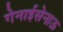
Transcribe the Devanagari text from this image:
गेनाईसेनाऊ